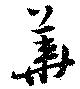
華